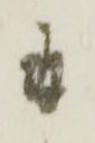
幷